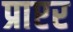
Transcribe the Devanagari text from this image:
प्राप्टर